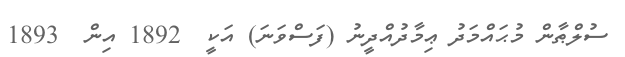
ސުލްޠާން މުޙައްމަދު ޢިމާދުއްދީނު (ފަސްވަނަ) އަކީ  1892 އިން  1893